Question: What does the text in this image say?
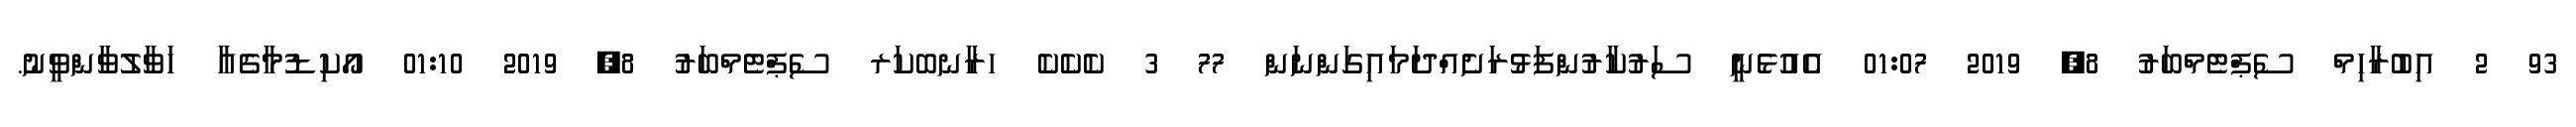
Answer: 93 2 އިބުރާހިމް ސެޕްޓެމްބަރު 8, 2019 01:07 އެއުޅެނީ ސަރުކާރުންފަޅުރަށެއްދަމައިގަންނަން 77 3 ކެކެކެ ހރާނބކަރ ސެޕްޓެމްބަރު 8, 2019 01:10 އޯކިޑުމާގެއާ ހަވާލުވާންވީނު.